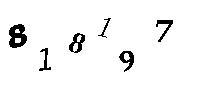
818197